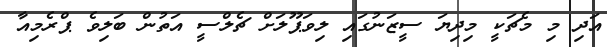
އަދި މި މެޗަކީ މިދިޔަ ސީޒަނުގައި ލިވަޕޫލަށް ޗެލްސީ އަތުން ބަލިވެ ޕްރެމިއާ